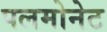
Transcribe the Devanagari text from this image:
पलमोनेट